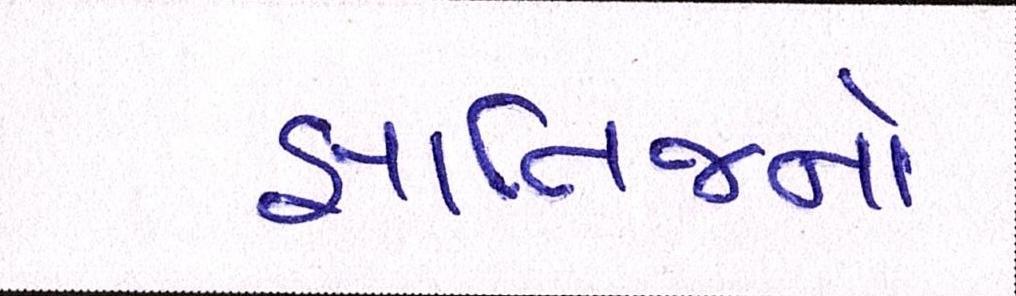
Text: જ્ઞાતિજનો